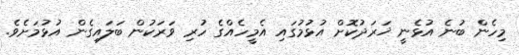
މިހެން ބުނެ އުޅެނީ ޚަރަދުކޮށް އުޅުމުގައި އެމީހެއްގެ ހުރި ވަރަކުން ބަލައިގެން އުޅުމަށެވެ.